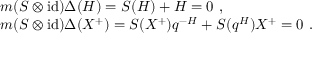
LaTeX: \begin{array} { r c l } { { } } & { { } } & { { m ( S \otimes \mathrm { i d } ) \Delta ( H ) = S ( H ) + H = 0 ~ , } } \\ { { } } & { { } } & { { m ( S \otimes \mathrm { i d } ) \Delta ( X ^ { + } ) = S ( X ^ { + } ) q ^ { - H } + S ( q ^ { H } ) X ^ { + } = 0 ~ . } } \end{array}